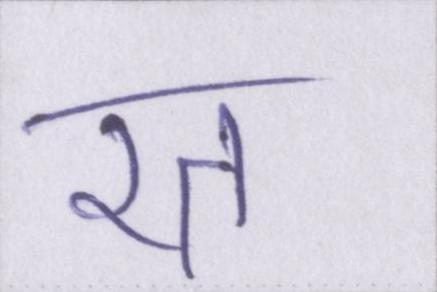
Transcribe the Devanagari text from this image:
रत